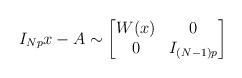
LaTeX: \begin{align*}I_{Np}x-A\sim\begin{bmatrix}W(x) & 0\\0 & I_{(N-1)p}\end{bmatrix}\end{align*}